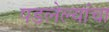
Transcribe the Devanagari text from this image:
पडलेल्यांचा